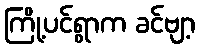
ကြို့ပင်ရွာက ခင်ဗျာ့